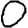
Digit: 0